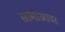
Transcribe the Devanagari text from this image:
सामोआवर